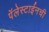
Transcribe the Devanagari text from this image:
पॅलेस्टाईनची